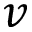
\boldsymbol { v }